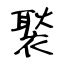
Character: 褧